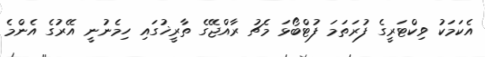
އެކަމަކު ވިކްޓަރީގެ ފުރަތަމަ ފުޓްބޯޅަ މެޗު ރާއްޖޭގެ ތާރީޚުގައި ހިމެނުނީ އޭރުގެ އެންމެ